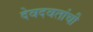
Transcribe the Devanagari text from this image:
देवदवतांची